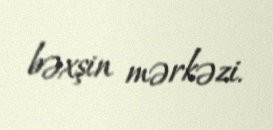
bəxşin mərkəzi.